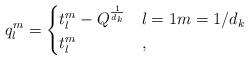
LaTeX: \begin{align*}q^{m}_l = \begin{cases} t^{m}_l - Q^{\frac{1}{d_k}} & l=1 m = 1/d_k\\ t^m_l & ,\end{cases}\end{align*}